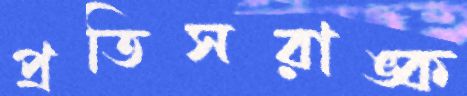
প্রতিসরাঙ্ক